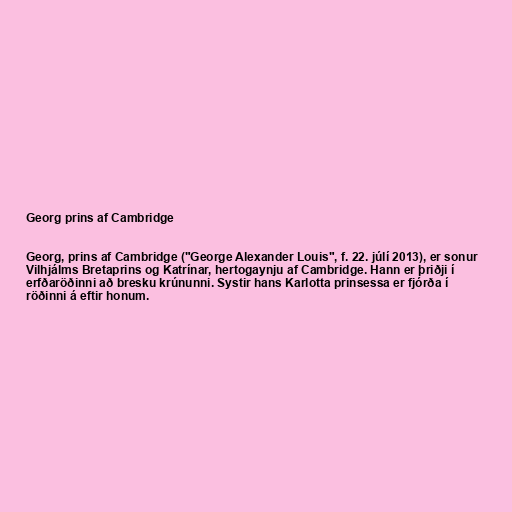
Georg prins af Cambridge

Georg, prins af Cambridge ("George Alexander Louis", f. 22. júlí 2013), er sonur
Vilhjálms Bretaprins og Katrínar, hertogaynju af Cambridge. Hann er þriðji í
erfðaröðinni að bresku krúnunni. Systir hans Karlotta prinsessa er fjórða í
röðinni á eftir honum.